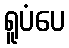
ရူပံပေ